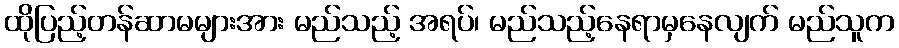
ထိုပြည့်တန်ဆာမများအား မည်သည့် အရပ်၊ မည်သည့်နေရာမှနေလျက် မည်သူက